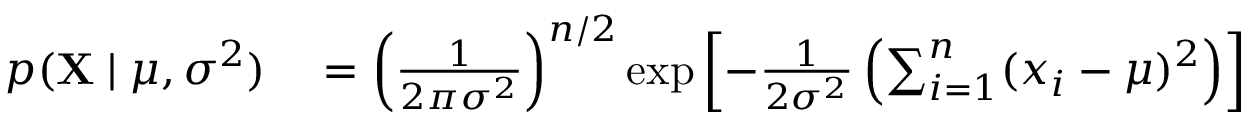
\begin{array} { r l } { p ( \mathbf { X } \mid \mu , \sigma ^ { 2 } ) } & { { } = \left( { \frac { 1 } { 2 \pi \sigma ^ { 2 } } } \right) ^ { n / 2 } \exp \left[ - { \frac { 1 } { 2 \sigma ^ { 2 } } } \left( \sum _ { i = 1 } ^ { n } ( x _ { i } - \mu ) ^ { 2 } \right) \right] } \end{array}